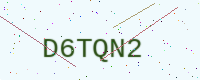
Text: D6TQN2